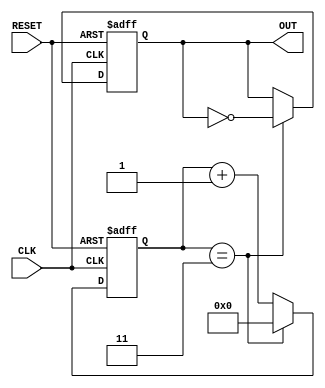
module frequency_divider_counter #(
    parameter N = 4  // Division factor, configurable parameter
)(
    input wire CLK,   // Input clock signal
    input wire RESET, // Asynchronous reset signal
    output reg OUT    // Output signal
);

    reg [31:0] counter; // Counter to keep track of clock cycles

    // Asynchronous reset and counting logic
    always @(posedge CLK or posedge RESET) begin
        if (RESET) begin
            counter <= 0; // Reset counter to 0
            OUT <= 0;     // Reset output to 0
        end else begin
            if (counter == N - 1) begin
                OUT <= ~OUT; // Toggle output signal
                counter <= 0; // Reset counter
            end else begin
                counter <= counter + 1; // Increment counter
            end
        end
    end

endmodule